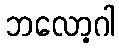
ဘလော့ဂါ